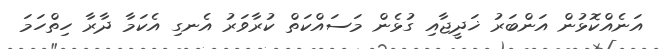
އަނެއްކޮޅުން އަންބަރު ޚަދީޖާއި ގުޅެން މަސައްކަތް ކުރާވަރު އެނގި އެކަމާ ދާރާ ހިތްހަމަ